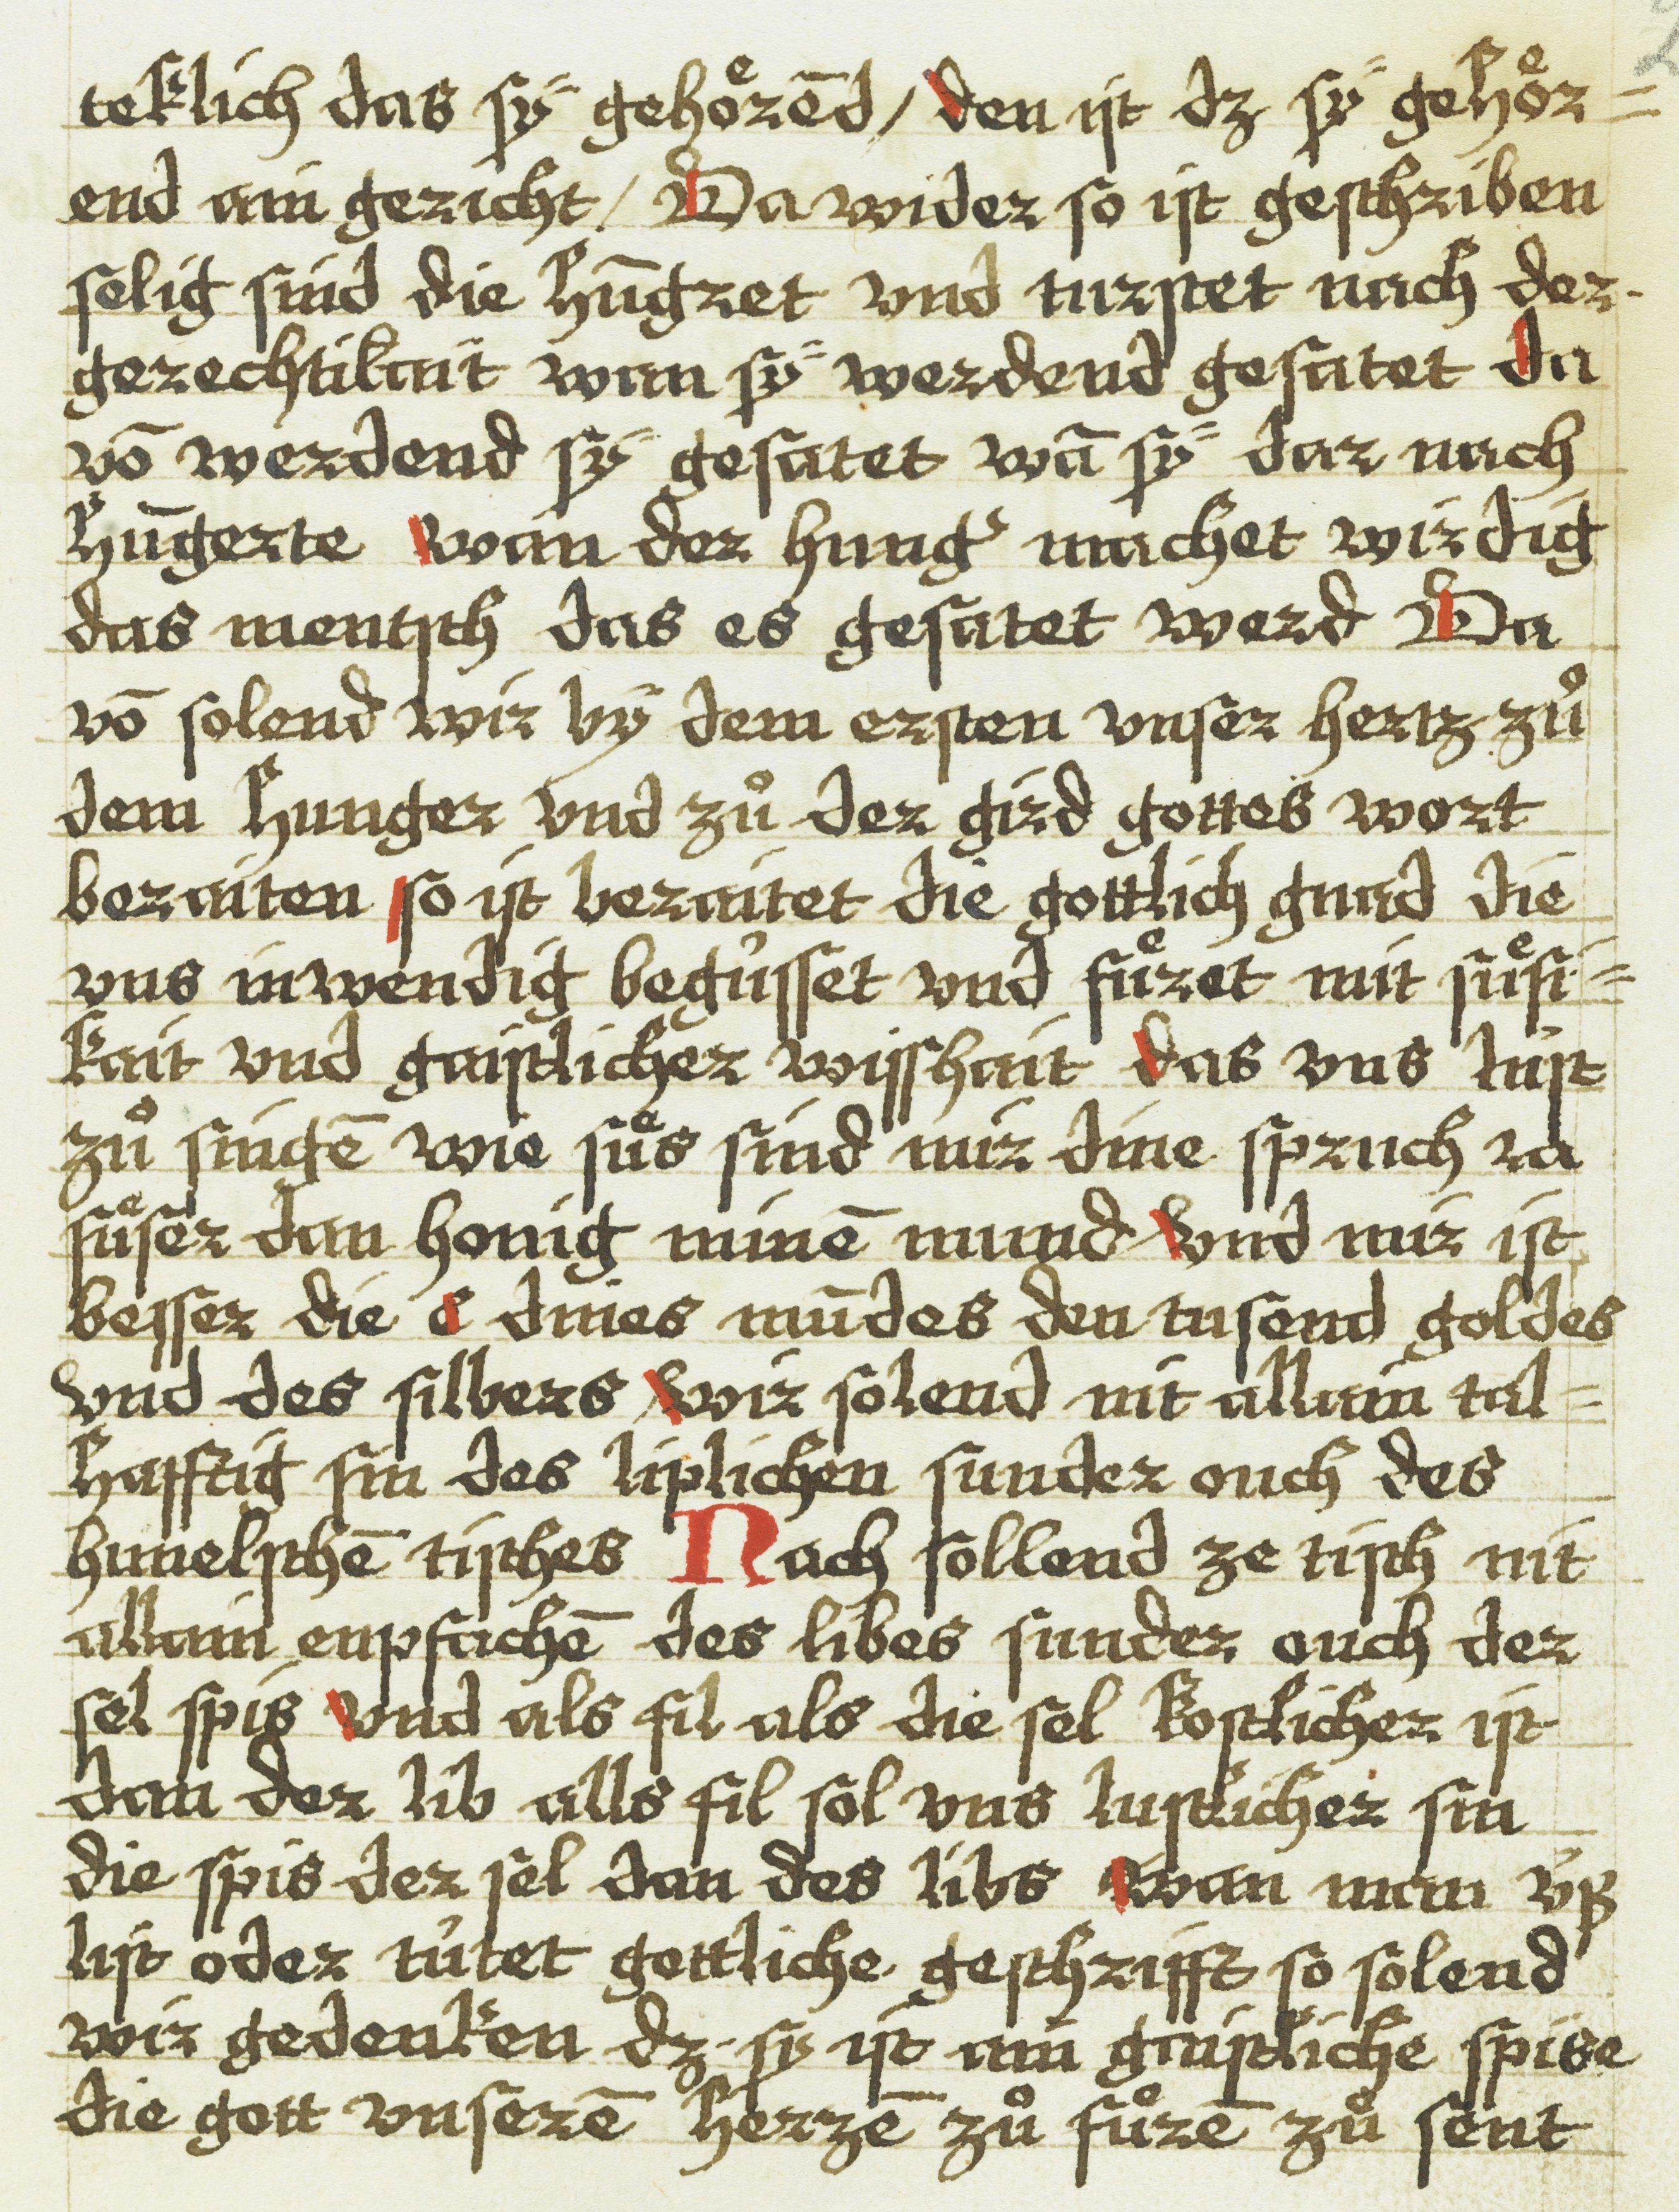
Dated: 1543–1543